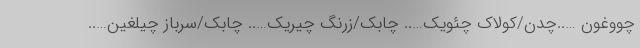
چووغون …..چدن/کولاک چئویک….. چابک/زرنگ چیریک….. چابک/سرباز چیلغین…..